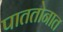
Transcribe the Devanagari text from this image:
पाततोनात